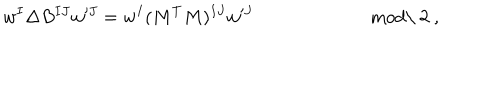
LaTeX: w ^ { I } \Delta B ^ { I J } w ^ { J } = w ^ { I } ( M ^ { T } M ) ^ { I J } w ^ { J } \qquad \qquad \qquad \; \mathrm { m o d \ 2 } \ ,